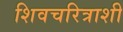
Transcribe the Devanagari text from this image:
शिवचरित्राशी